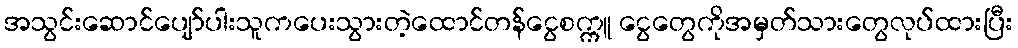
အသွင်းဆောင်ပျော်ပါးသူကပေးသွားတဲ့ထောင်တန်ငွေစက္ကူ ငွေတွေကိုအမှတ်သားတွေလုပ်ထားပြီး